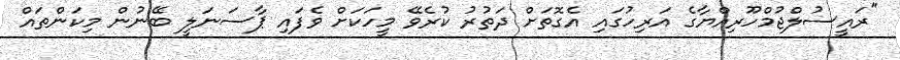
"ރައީސުލްޖުމްހޫރިއްޔާގެ އަރިހުގައި އެގޮތަށް ދަތުރު ކުރެވޭ މީހަކަށް ވެފައި ޕާސަނަލީ ބޭނުން މިކަންތައް